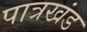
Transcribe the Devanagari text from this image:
पात्रखंड